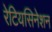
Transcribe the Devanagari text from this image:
रेटियसिनेशन